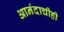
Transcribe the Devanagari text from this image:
आनंदाचीही